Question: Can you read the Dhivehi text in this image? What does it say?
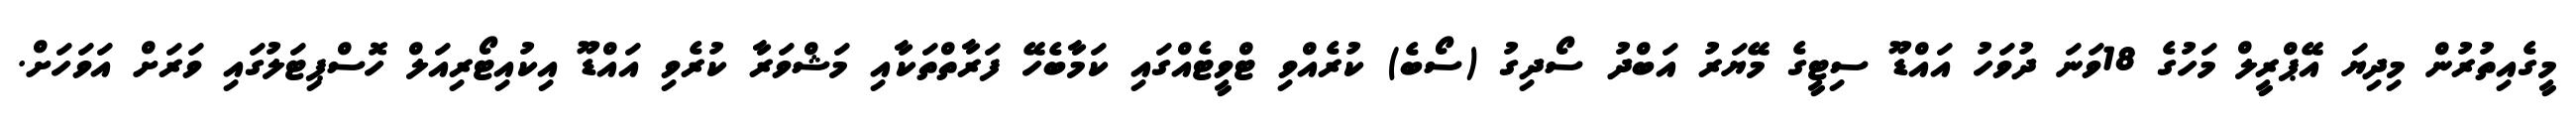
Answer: މީގެއިތުރުން މިދިޔަ އޭޕްރީލް މަހުގެ 18ވަނަ ދުވަހު އައްޑޫ ސިޓީގެ މޭޔަރު އަބްދު ސޯދިގު (ސޯބެ) ކުރެއްވި ޓްވީޓެއްގައި ކަމާބެހޭ ފަރާތްތަކާއި މަޝްވަރާ ކުރެވި އައްޑޫ އިކުއިޓޯރިއަލް ހޮސްޕިޓަލުގައި ވަރަށް އަވަހަށް.